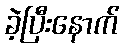
ခဲ့ပြီးနောက်